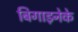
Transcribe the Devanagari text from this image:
बिगाड़नेके